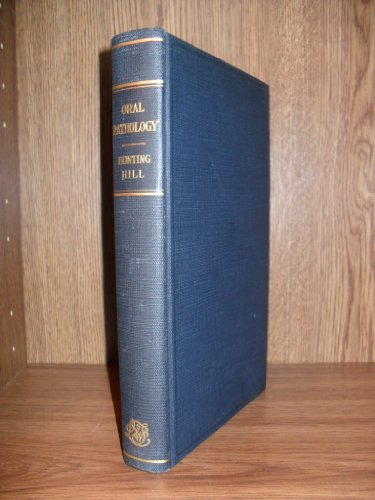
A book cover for Textbook of Oral Pathology, a for students and practitioners of Dentistry; Russell W. Bunting; Medical Books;